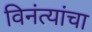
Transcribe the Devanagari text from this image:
विनंत्यांचा